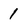
Character: 1